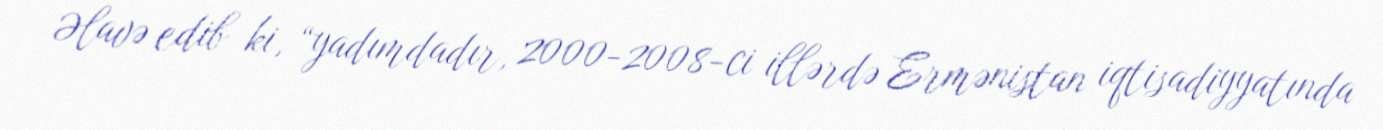
Əlavə edib ki, “yadımdadır, 2000-2008-ci illərdə Ermənistan iqtisadiyyatında